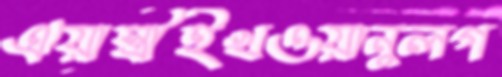
এয়োস্ত্রীইখওয়ানুলগ